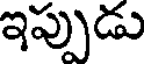
ఇప్పుడు